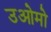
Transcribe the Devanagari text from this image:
उओमो